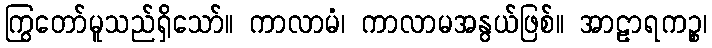
ကြွတော်မူသည်ရှိသော်။ ကာလာမံ၊ ကာလာမအနွယ်ဖြစ်။ အာဠာရကဉ္စ၊